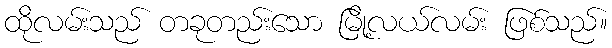
ထိုလမ်းသည် တခုတည်းသော မြို့လယ်လမ်း ဖြစ်သည်။